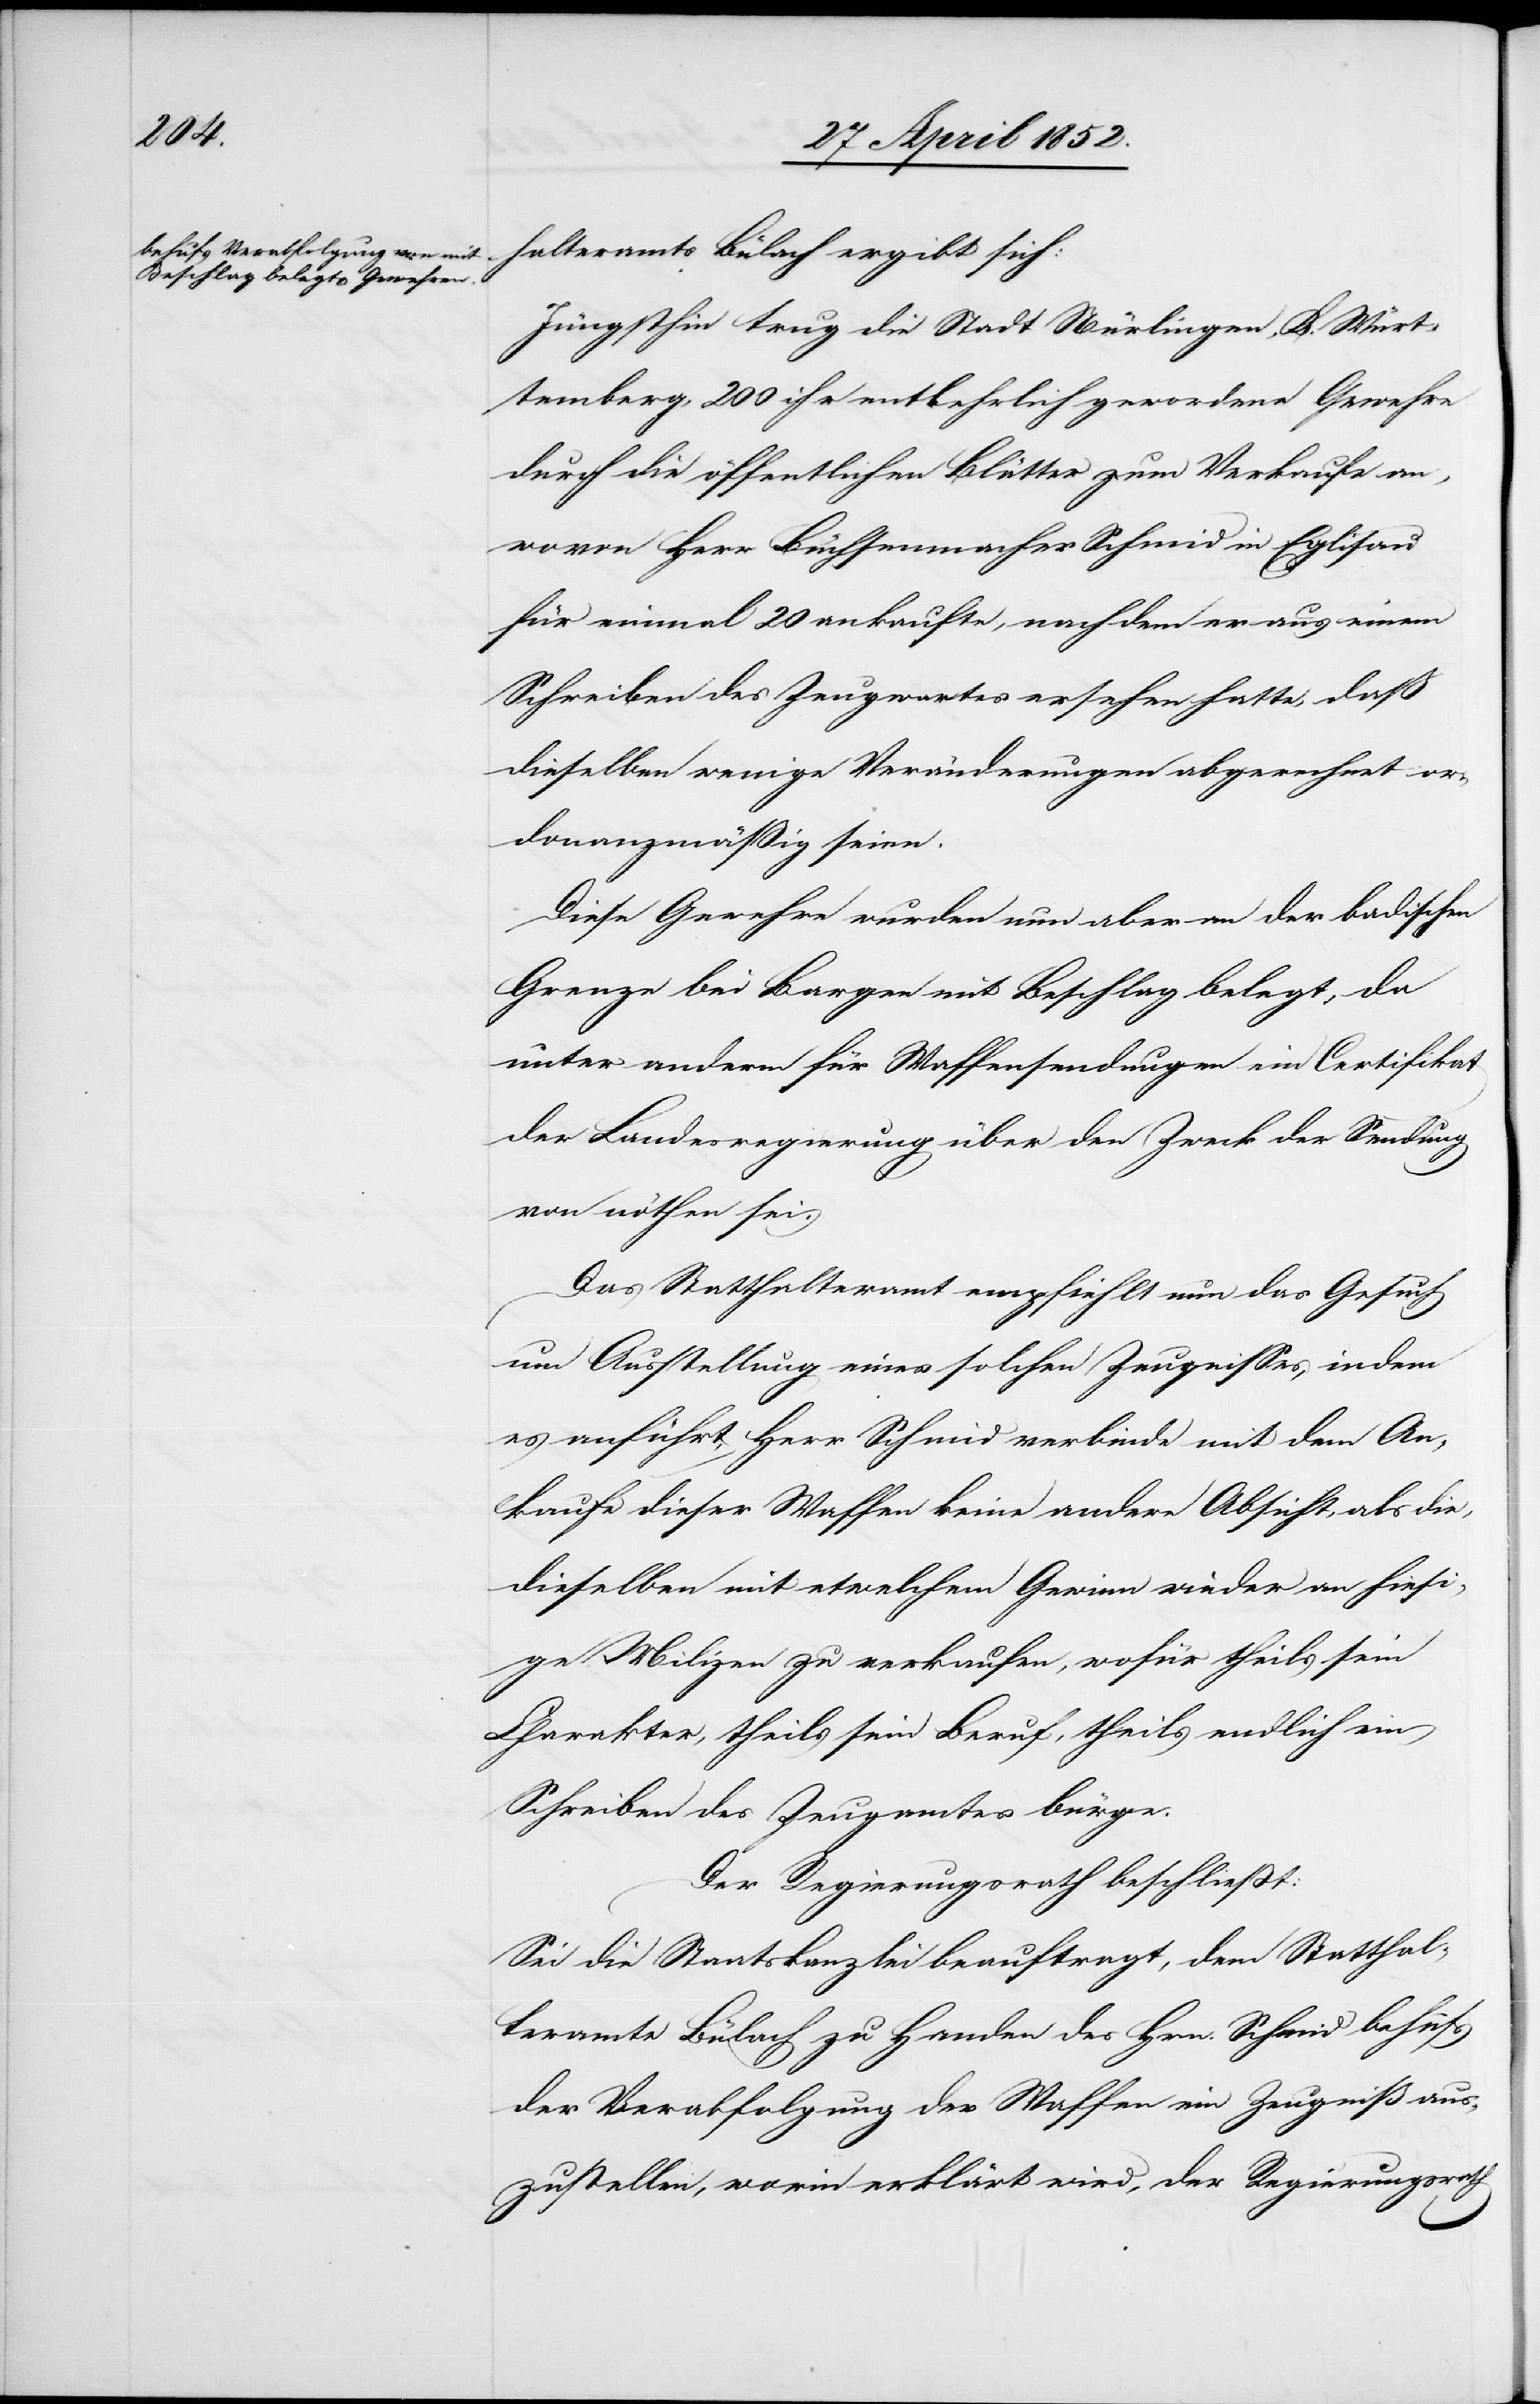
halteramts Bülach ergibt sich:
Jüngsthin trug die Stadt Nürlingen, K. Würt¬
temberg, 200 ihr entbehrlich gewordene Gewehre
durch die öffentlichen Blätter zum Verkaufe an,
wovon Herr Büchsenmacher Schmid in Eglisau
für einmal 20 ankaufte, nachdem er aus einem
Schreiben des Zeugwartes ersehen hatte, dass
dieselben wenige Veränderungen abgerechnet or¬
donanzmässig seien.
Diese Gewehre wurden nun aber an der badischen
Grenze bei Bargen mit Beschlag belegt, da
unter anderm für Waffensendungen ein Certifikat
der Landesregierung über den Zweck der Sendung
von nöthen sei.
Das Statthalteramt empfiehlt nun das Gesuch
um Ausstellung eines solchen Zeugnisses, indem
es anführt, Herr Schmid verbinde mit dem An¬
kaufe dieser Waffen keine andere Absicht, als die,
dieselben mit etwelchem Gewinn wieder an hiesi¬
ge Milizen zu verkaufen, wofür theils sein
Charakter, theils sein Beruf, theils endlich ein
Schreiben des Zeugamtes bürge.
Der Regierungsrath beschliesst:
Sei die Staatskanzlei beauftragt, dem Statthal¬
teramte Bülach zu Handen des Hrn. Schmid behufs
der Verabfolgung der Waffen ein Zeugniß aus¬
zustellen, worin erklärt wird, der Regierungsrath